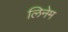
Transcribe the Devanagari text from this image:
लिनेम